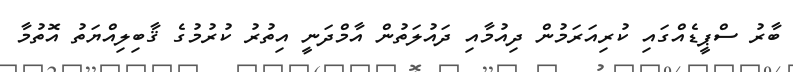
ބާރު ސްޕީޑެއްގައި ކުރިއަރަމުން ދިއުމާއި ދައުލަތުން އާމްދަނީ އިތުރު ކުރުމުގެ ޤާބިލިއްޔަތު އޮތުމާ